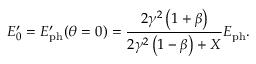
E _ { 0 } ^ { \prime } = E _ { \mathrm { p h } } ^ { \prime } ( \theta = 0 ) = \frac { 2 \gamma ^ { 2 } \left( 1 + \beta \right) } { 2 \gamma ^ { 2 } \left( 1 - \beta \right) + X } E _ { \mathrm { p h } } .